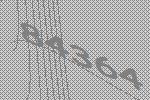
84364